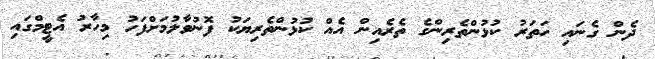
ދެން ގެނައި ހަތަރު ކުޅުންތެރިންގެ ތެރެއިން އެއް ކުޅުންތެރިޔަކު ފޮނުވާލުމަށްފަހު މިހާރު އެޓީމްގައި